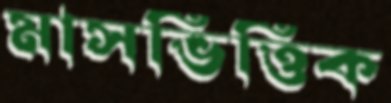
মাসভিত্তিক